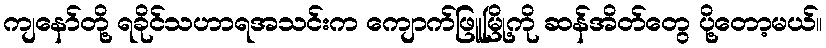
ကျနော်တို့ ရခိုင်သဟာရအသင်းက ကျောက်ဖြူမြို့ကို ဆန်အိတ်တွေ ပို့တော့မယ်။